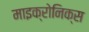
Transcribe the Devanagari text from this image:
माइक्रोनिक्स